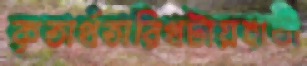
কৃতার্থতারিখটায়হাতী